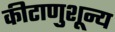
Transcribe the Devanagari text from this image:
कीटाणुशून्य